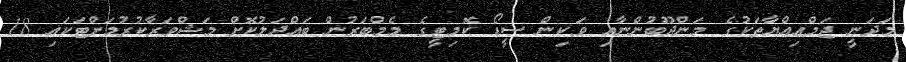
މަދަނީ ޖަމްޢިއްޔާތަކުގެ މަންދޫބުންނާއި ވަކިން ސީޑޯ ކޮމިޓީގެ މެމްބަރުން ބައްދަލުކޮށް މަޝްވަރާކުރުމަށްޓަކައި 18